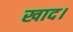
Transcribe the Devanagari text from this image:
खाद।